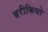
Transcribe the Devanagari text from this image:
बरीकियो